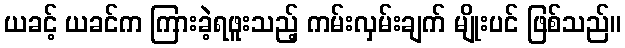
ယခင့် ယခင်က ကြားခဲ့ရဖူးသည့် ကမ်းလှမ်းချက် မျိုးပင် ဖြစ်သည်။